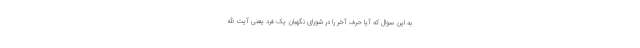
به این سوال که آیا حرف آخر را در شورای نگهبان یک فرد یعنی آیت الله